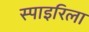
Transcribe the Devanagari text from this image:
स्पाइरिला